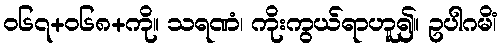
၀၆၇+၀၆၈+ကို။ သရဏံ၊ ကိုးကွယ်ရာဟူ၍။ ဥပါဂမိံ၊